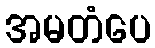
အမတံပေ